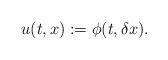
LaTeX: \begin{align*}u(t,x):= \phi(t,\delta x). \end{align*}